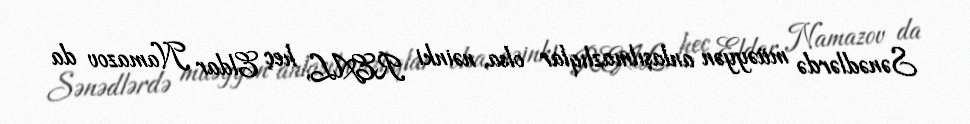
Sənədlərdə müəyyən anlaşılmazlıqlar olsa, nəinki REAL, heç Eldar Namazov da